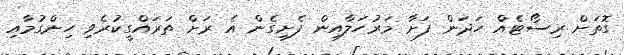
ގޮތަށް ރިސޯޓެއް ހަދަން ފަށާ މަރުހަލާއިން ފެށިގެން އެ ރަށް ތަރައްގީކުރެވި ހިންގުމާއި